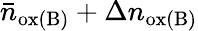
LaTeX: \bar{n}_{\mathrm{ox(B)}}+\Delta n_{\mathrm{ox(B)}}